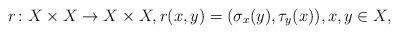
LaTeX: \begin{align*}r\colon X\times X\to X\times X,r(x,y)=(\sigma_x(y),\tau_y(x)),x,y\in X,\end{align*}